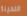
النحيلة